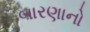
બારણાનો